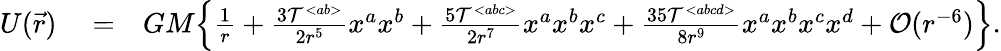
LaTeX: \begin{array}{rlr}{U(\vec{r})}&{{}=}&{GM\Big\{ \frac{1}{r}+\frac{3{\cal T}^{<ab>}}{2r^{5}}x^{a}x^{b}+\frac{5{\cal T}^{<abc>}}{2r^{7}}x^{a}x^{b}x^{c}+\frac{35{\cal T}^{<abcd>}}{8r^{9}}x^{a}x^{b}x^{c}x^{d}+{\cal O}(r^{-6})\Big\} .}\end{array}